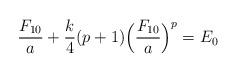
LaTeX: \begin{align*}\frac{F_{10}}{a}+\frac{k}{4}(p+1)\Bigl(\frac{F_{10}}{a}\Bigr)^p=E_0\end{align*}